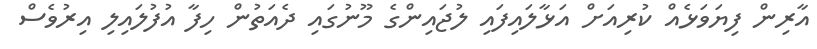
އާރިން ފިޔަވަޅެއް ކުރިއަށް އަޅާލައިފައި ލުޖައިންގެ މޫނުގައި ދެއަތުން ހިފާ އުފުލައިލި އިރުވެސް